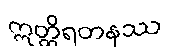
ဣတ္ထိရတနဿ